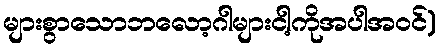
များစွာသောဘလော့ဂါများငါ့ကိုအပါအဝင်)